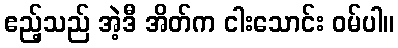
ဧည့်သည် အဲ့ဒီ အိတ်က ငါးသောင်း ဝမ်ပါ။